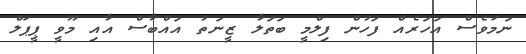
ނަމަވެސް އަހަރެއް ފަހުން ފިލްމީ ބަތަލާ ޒީނަތު އައްބާސް އާއި މޫވީ ޕީޕަލް